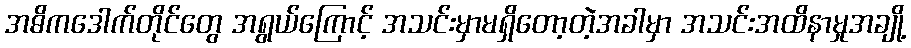
အဓိကဒေါက်တိုင်တွေ အရွယ်ကြောင့် အသင်းမှာမရှိတော့တဲ့အခါမှာ အသင်းအထိနာမှုအချို့